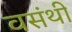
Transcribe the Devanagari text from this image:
वसंथी